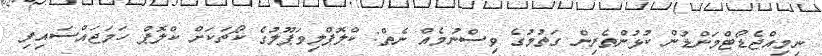
ނިމިއްޖެޑޯޓްމަންޑުން ކުޅުންތެރިން ގަތުމުގެ ވިސްނުމެއް ނެތް: ކްލޮޕްލިވަޕޫލުގެ ކޯޗަކަށް ކްލޮޕް ހަމަޖައްސައިފި